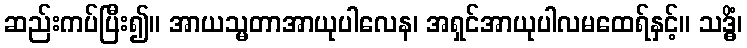
ဆည်းကပ်ပြီး၍။ အာယသ္မတာအာယုပါလေန၊ အရှင်အာယုပါလမထေရ်နှင့်။ သဒ္ဓိံ၊